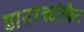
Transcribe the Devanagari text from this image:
डायरेक्टस्किन